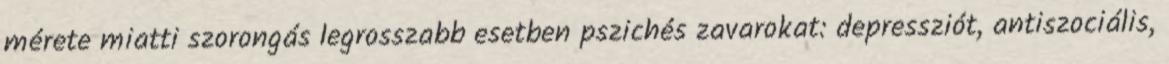
mérete miatti szorongás legrosszabb esetben pszichés zavarokat: depressziót, antiszociális,